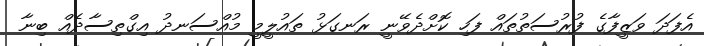
އެފަދަ ވަޒީފާގެ ފުރުސަތުތައް ފަހި ކޮށްދެވޭނީ ރަނގަޅު ތައުލީމީ މުއްސަނދު އިގްތިސާދެއް ބިނާ